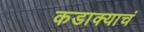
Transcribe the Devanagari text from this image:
कडाक्याचं